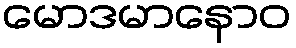
မောဒမာနောဝ